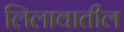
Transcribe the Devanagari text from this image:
लिलावातील